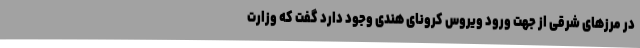
در مرزهای شرقی از جهت ورود ویروس کرونای هندی وجود دارد گفت که وزارت